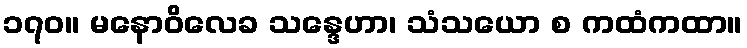
၁၇၀။ မနောဝိလေခ သန္ဒေဟာ၊ သံသယော စ ကထံကထာ။